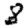
Digit: 8